Leningradi_Edasi_toimetus, lk 20
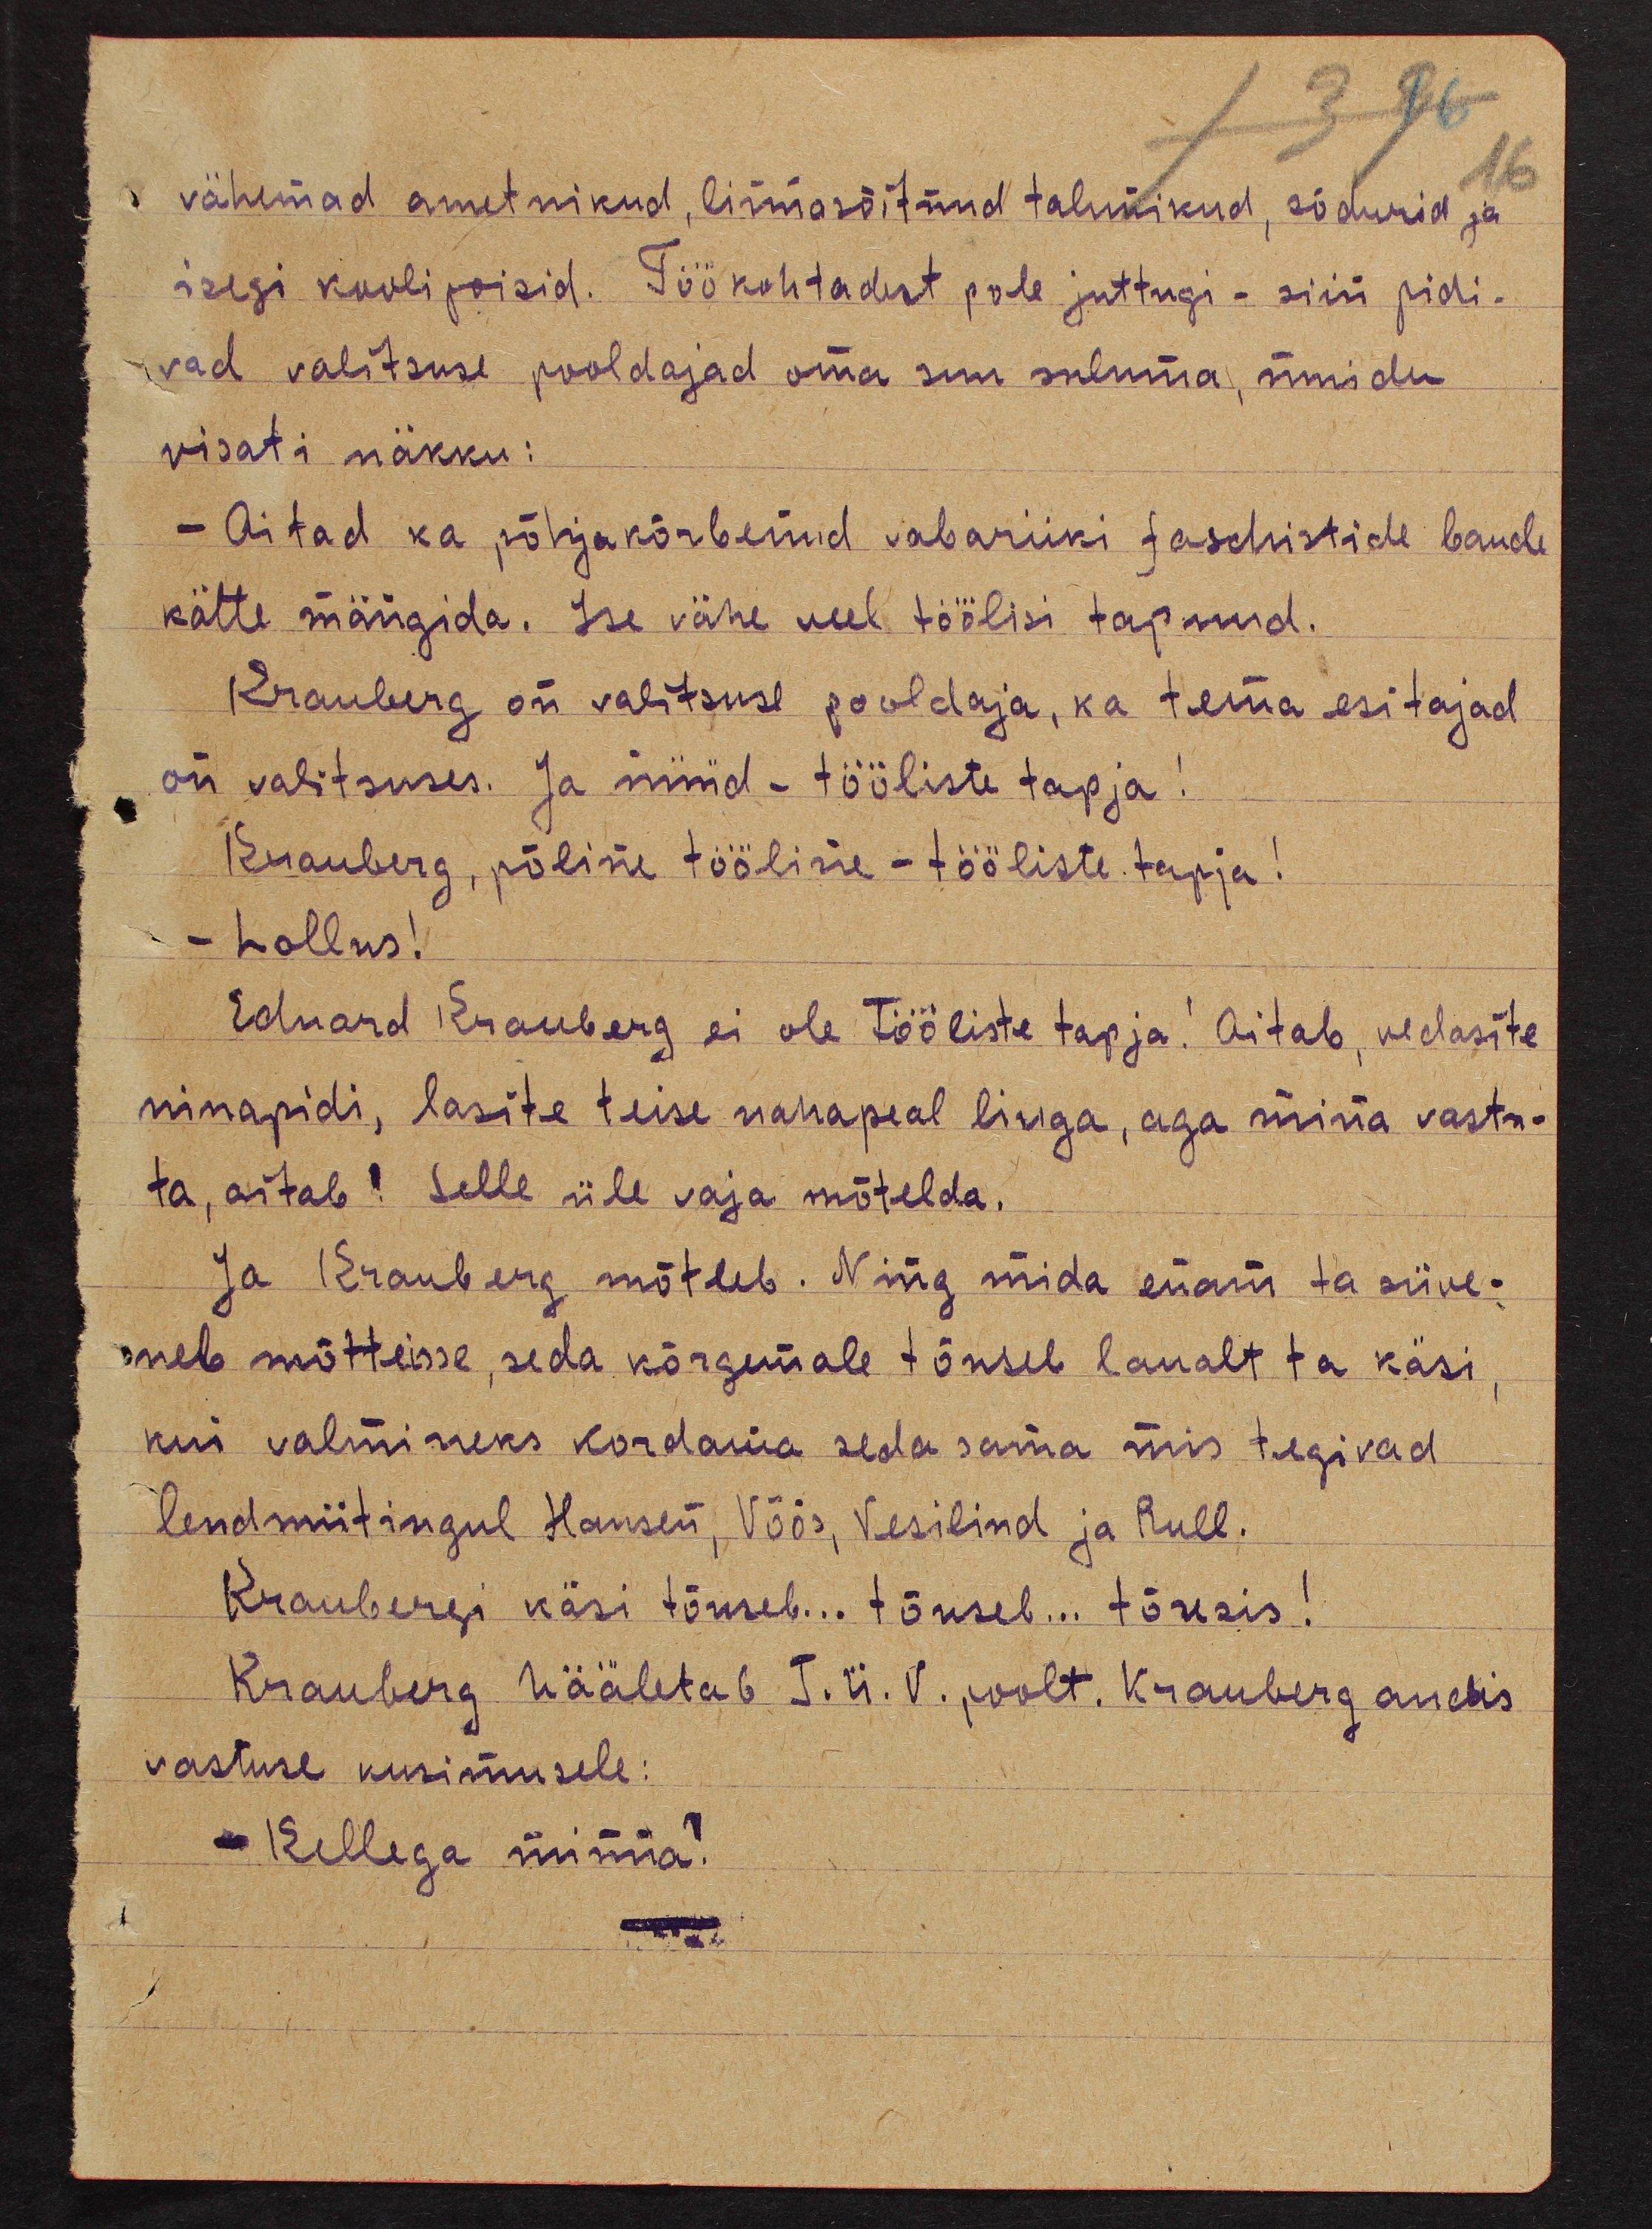
16
vähemad ametnikud, linnasõitnud talunikud, sõdurid ja
isegi koolipoisid. Töökohtadest pole juttugi - siin pidi-
vad valitsuse pooldajad oma suu suluma, muidu
visati näkku:
- Aitad ka põhjakõrbernud vabariiki faschistide bande
kätte mängida. Ise vähe veel töölisi tapnud.
Krauberg on valitsuse pooldaja, ka tema esitajad
on valitsuses. Ja nüüd - tööliste tapja!
Krauberg, põline tööline - tööliste tapja!
- Lollus!
Eduard Krauberg ei ole tööliste tapja! Aitab, vedasite
ninapidi, lasite teise nahapeal liuga, aga mina vastu-
ta, aitab! Selle üle vaja mõtelda."
Ja Krauberg mõtleb. Ning mida enam ta süve-
neb mõtteisse, seda kõrgemale tõuseb laualt ta käsi
kui valmineks kordama seda sama mis tegivad
lendmiitingul Hansen, Võõs, Vesilind ja Rull.
Kraubergi käsi tõuseb... tõuseb... tõusis!
Krauberg hääletab T.Ü.V. poolt. Krauberg andis
vastuse küsimusele:
- Kellega minna?